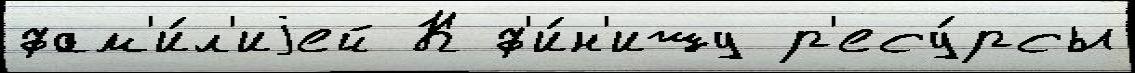
фам'и́л'иjей К ф'и́н'ишу р'есу́рсы